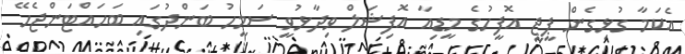
އެކަމާ ގުޅިގެން ޕީޖީ އޮފީހުގެ މީޑިއާ އޮފިޝަލް ވިދާޅުވީ ސަމީހު ބަންދުގައި ބަހައްޓަންޖެހޭ